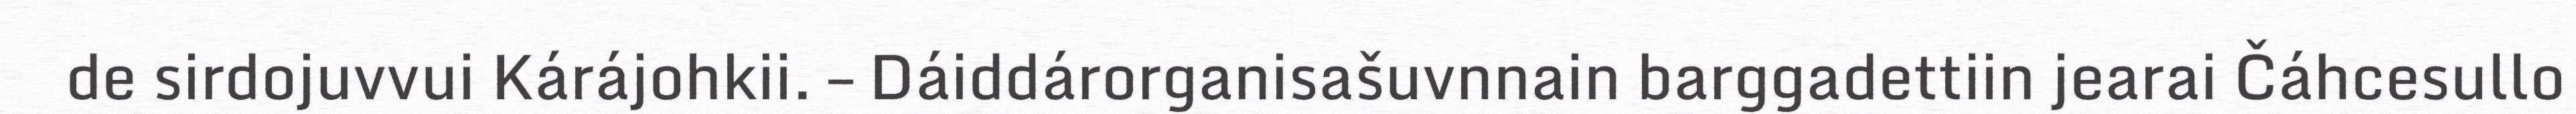
de sirdojuvvui Kárájohkii. – Dáiddárorganisašuvnnain barggadettiin jearai Čáhcesullo